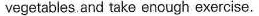
vegetables and take enough exercise.